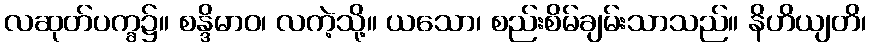
လဆုတ်ပက္ခ၌။ စန္ဒိမာဝ၊ လကဲ့သို့။ ယသော၊ စည်းစိမ်ချမ်းသာသည်။ နိဟိယျတိ၊